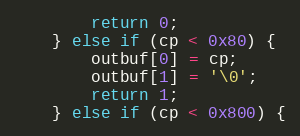
Language: C++
		return 0;
	} else if (cp < 0x80) {
		outbuf[0] = cp;
		outbuf[1] = '\0';
		return 1;
	} else if (cp < 0x800) {